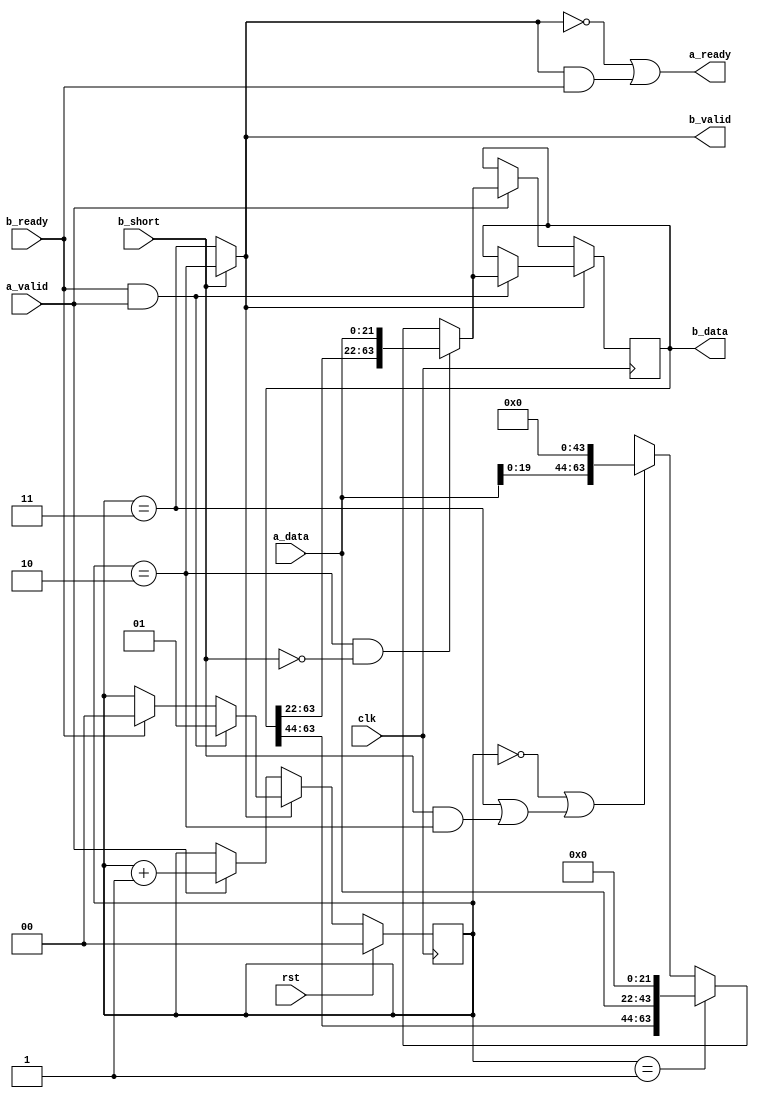
`timescale 1ns / 1ps
`default_nettype none
//
// RISu64
// Copyright 2022 Wenting Zhang
//
// Permission is hereby granted, free of charge, to any person obtaining a copy
// of this software and associated documentation files (the "Software"), to deal
// in the Software without restriction, including without limitation the rights
// to use, copy, modify, merge, publish, distribute, sublicense, and/or sell
// copies of the Software, and to permit persons to whom the Software is
// furnished to do so, subject to the following conditions:
//
// The above copyright notice and this permission notice shall be included in
// all copies or substantial portions of the Software.
//
// THE SOFTWARE IS PROVIDED "AS IS", WITHOUT WARRANTY OF ANY KIND, EXPRESS OR
// IMPLIED, INCLUDING BUT NOT LIMITED TO THE WARRANTIES OF MERCHANTABILITY,
// FITNESS FOR A PARTICULAR PURPOSE AND NONINFRINGEMENT. IN NO EVENT SHALL THE
// AUTHORS OR COPYRIGHT HOLDERS BE LIABLE FOR ANY CLAIM, DAMAGES OR OTHER
// LIABILITY, WHETHER IN AN ACTION OF CONTRACT, TORT OR OTHERWISE, ARISING FROM,
// OUT OF OR IN CONNECTION WITH THE SOFTWARE OR THE USE OR OTHER DEALINGS IN THE
// SOFTWARE.
//
// What the f did you just bring upon this cursed land
module fifo_1d_22to64(
    input  wire         clk,
    input  wire         rst,
    // Incoming port
    input  wire [21:0]  a_data,
    input  wire         a_valid,
    output wire         a_ready,
    // Outgoing port
    input  wire         b_short,
    output wire [63:0]  b_data,
    output wire         b_valid,
    input  wire         b_ready
);
    // Store from higher order byte to lower order
    reg [63:0] fifo;
    reg [1:0] fifo_level;
    wire fifo_full = (b_short) ? (fifo_level == 2) : (fifo_level == 3);

    wire [63:0] new_data =
            ((fifo_level == 2) && !b_short) ? {fifo[63:22], a_data} :
            (fifo_level == 1) ? {fifo[63:44], a_data, 22'b0} :
            ((fifo_level == 0) || ((fifo_level == 3) || (b_short && (fifo_level == 2)))) ? {a_data[19:0], 44'b0} :
            64'bx;

    always @(posedge clk) begin
        if (fifo_full) begin
            if (b_ready && a_valid) begin
                // Output ready, input valid, shiftin new data
                fifo <= new_data;
                fifo_level <= 1;
            end
            else if (b_ready) begin
                // Output ready, no input, output data
                fifo_level <= 0;
            end
        end
        else begin
            // Not full, output not valid, input ready
            if (a_valid) begin
                fifo <= new_data;
                fifo_level <= fifo_level + 1;
            end
        end

        if (rst) begin
            fifo_level <= 0;
        end
    end

    // RX data if fifo is empty
    assign a_ready = !fifo_full || (fifo_full && b_ready);
    assign b_valid = fifo_full;
    assign b_data = fifo;

endmodule